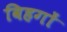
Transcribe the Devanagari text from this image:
विहगों